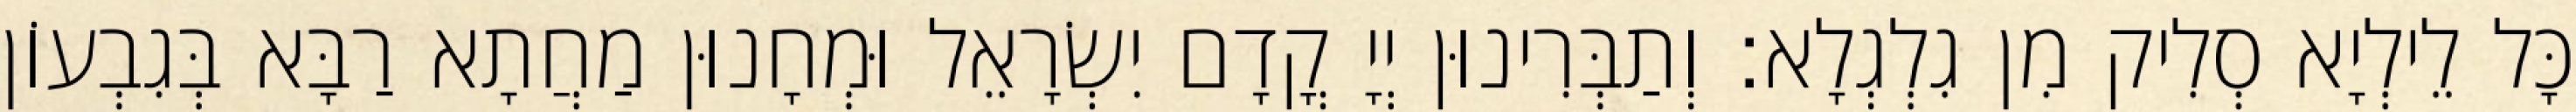
כָּל לֵילְיָא סְלִיק מִן גִלְגְלָא׃ וְתַבְּרִינוּן יְיָ קֳדָם יִשְׂרָאֵל וּמְחָנוּן מַחֲתָא רַבָּא בְּגִבְעוֹן